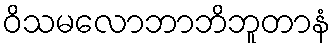
ဝိသမလောဘာဘိဘူတာနံ